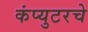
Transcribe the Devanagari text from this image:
कंप्युटरचे